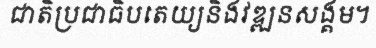
ជាតិប្រជាធិបតេយ្យនិងវឌ្ឍនសង្គម។